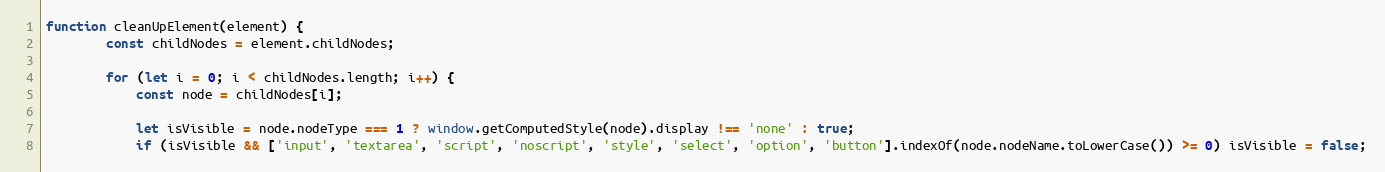
Language: JavaScript
function cleanUpElement(element) {
		const childNodes = element.childNodes;

		for (let i = 0; i < childNodes.length; i++) {
			const node = childNodes[i];

			let isVisible = node.nodeType === 1 ? window.getComputedStyle(node).display !== 'none' : true;
			if (isVisible && ['input', 'textarea', 'script', 'noscript', 'style', 'select', 'option', 'button'].indexOf(node.nodeName.toLowerCase()) >= 0) isVisible = false;